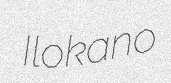
Ilokano